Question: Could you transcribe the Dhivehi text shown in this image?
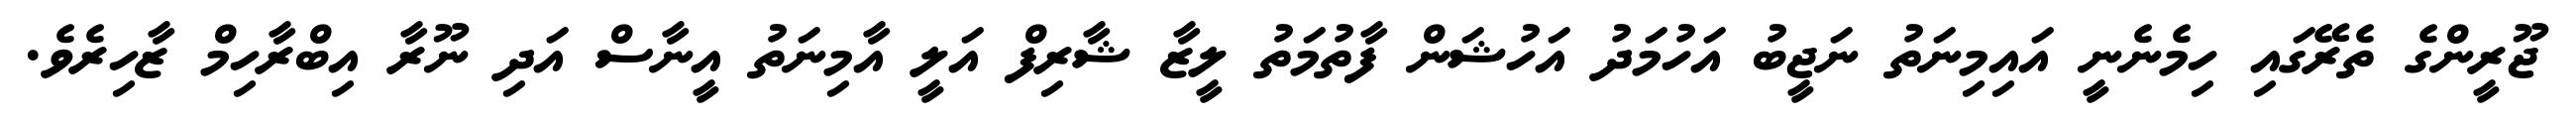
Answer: ޖޫރީންގެ ތެރޭގައި ހިމެނެނީ އައިމިނަތު ނަޖީބު އަހުމަދު އަހުޝަން ފާތުމަތު ލީޒާ ޝާރިފް އަލީ އާމިނަތު އީނާސް އަދި ނޫރާ އިބްރާހިމް ޒާހިރެވެ.